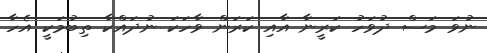
ނުވަ މަސް ދުވަހު ކަރީނާ އާއި ކަރަން ވާހަކަ ނުދައްކާ ތިބުމަކީ އެހާ